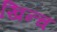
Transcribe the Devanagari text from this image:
खिन्च